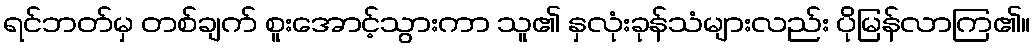
ရင်ဘတ်မှ တစ်ချက် စူးအောင့်သွားကာ သူ၏ နှလုံးခုန်သံများလည်း ပိုမြန်လာကြ၏။